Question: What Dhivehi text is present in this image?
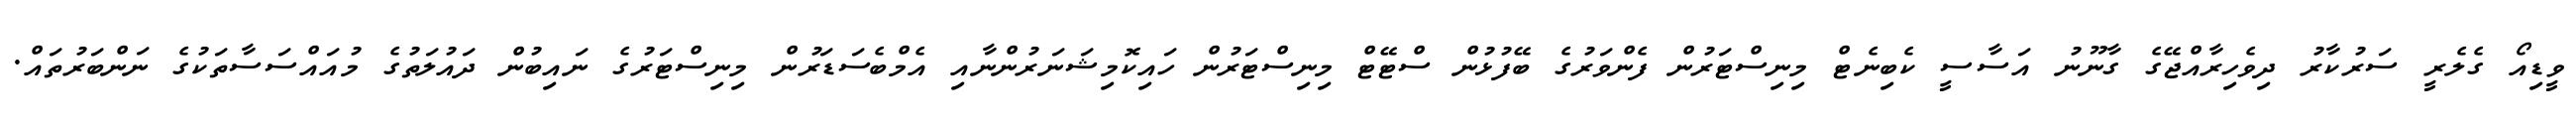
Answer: ވީޑިއޯ ގެލެރީ ސަރުކާރު ދިވެހިރާއްޖޭގެ ގާނޫނު އަސާސީ ކެބިނެޓް މިނިސްޓަރުން ފެންވަރުގެ ބޭފުޅުން ސްޓޭޓް މިނިސްޓަރުން ހައިކޮމިޝަނަރުންނާއި އެމްބެސަޑަރުން މިނިސްޓަރުގެ ނައިބުން ދައުލަތުގެ މުއައްސަސާތަކުގެ ނަންބަރުތައް.